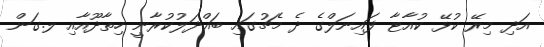
އަދި މިރޭ ކުޅޭ ކުއާޓާ ފައިނަލްގެ ދެ މެޗުގައި ބައްދަލުކުރާނީ ހިތާދޫއާއި ލ.ގަން